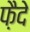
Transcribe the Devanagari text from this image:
फ़ैदे